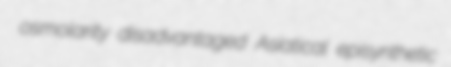
osmolarity disadvantaged Asiatical episynthetic